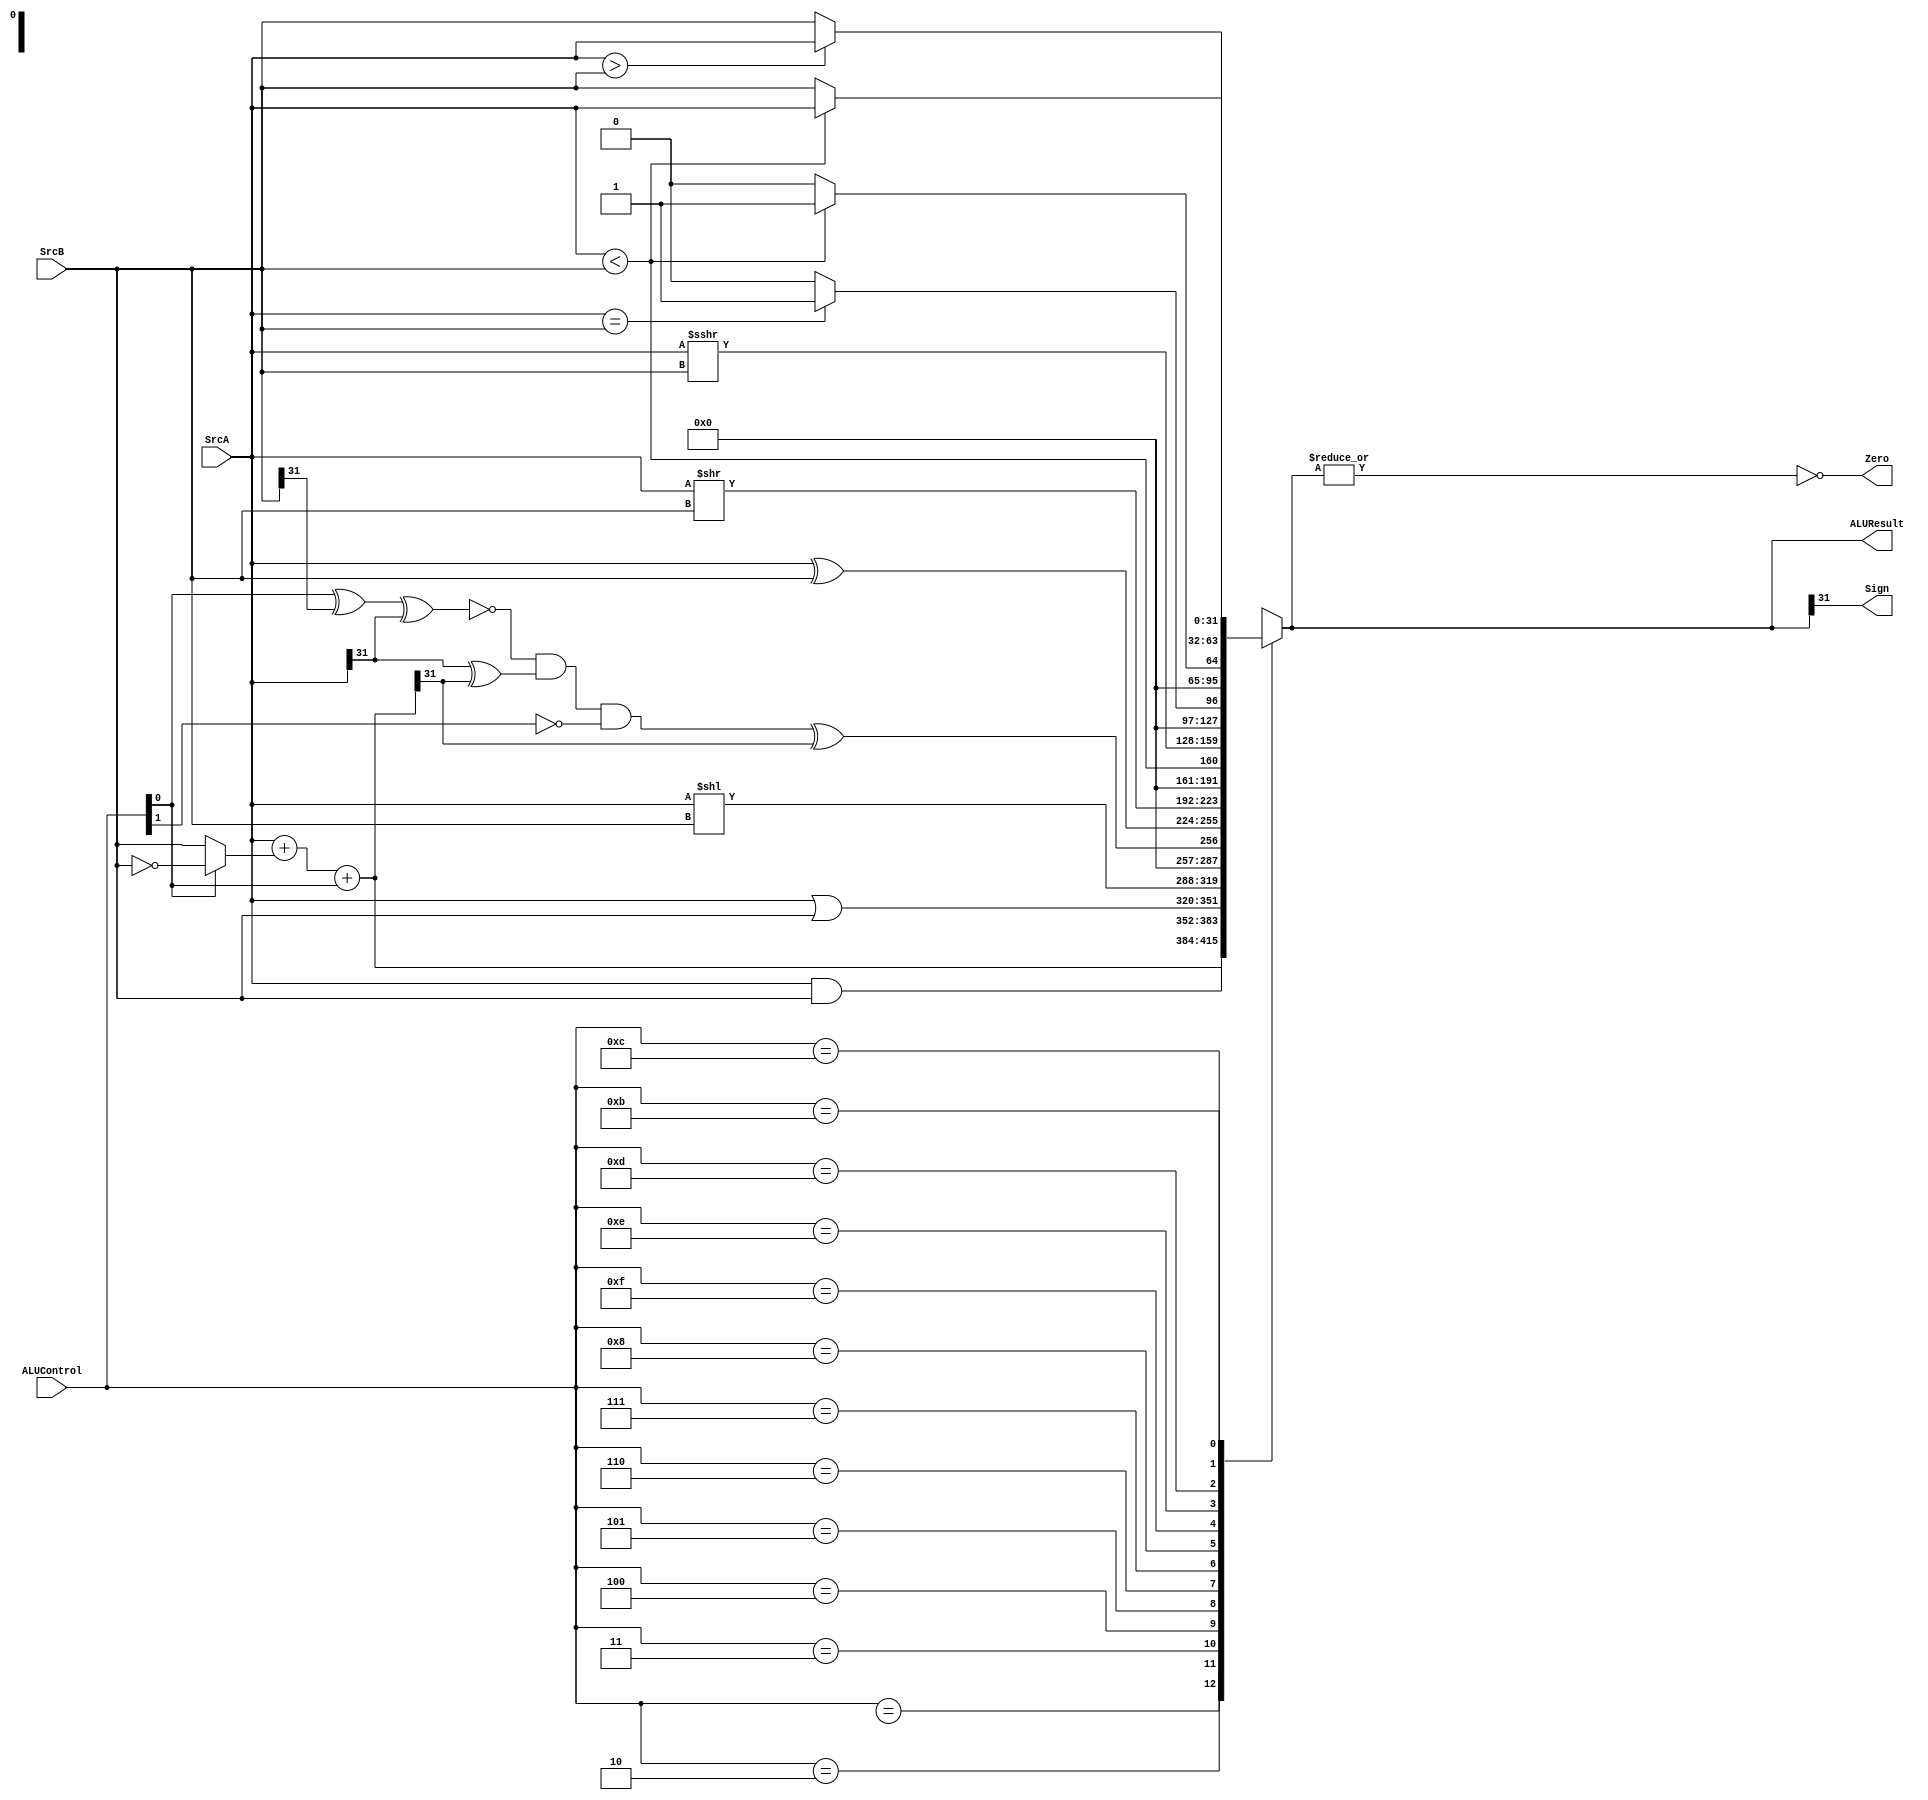

/*
	Name: ALU Unit
	Description: Receives control signals from the ALU Decoder and performs the operations
*/


module alu(SrcA,SrcB, ALUControl , ALUResult, Zero, Sign);
			
		input [31:0] SrcA;
			input [31:0] SrcB;
			input [3:0] ALUControl ; 
			output reg [31:0] ALUResult; 
			output  Zero, Sign;
			

wire [31:0] Sum;
wire  Overflow;

assign Sum = SrcA + (ALUControl[0] ? ~SrcB : SrcB) + ALUControl[0];  // sub using 1's complement
assign Overflow = ~(ALUControl[0] ^ SrcB[31] ^ SrcA[31]) & (SrcA[31] ^ Sum[31]) & (~ALUControl[1]);

assign Zero = ~(|ALUResult);
assign Sign = ALUResult[31];


always@(*)
		case (ALUControl)
				4'b000x: ALUResult = Sum;				// sum or diff
				4'b0010: ALUResult = SrcA & SrcB;	// and
				4'b0011: ALUResult = SrcA | SrcB;	// or
				4'b0100: ALUResult = SrcA << SrcB;	// sll, slli
				4'b0101: ALUResult = {{30{1'b0}}, Overflow ^ Sum[31]}; //slt, slti
				4'b0110: ALUResult = SrcA ^ SrcB;   // Xor
				4'b0111: ALUResult = SrcA >> SrcB;  // shift logic
				4'b1000: ALUResult = ($unsigned(SrcA) < $unsigned(SrcB)); //sltu, stlui
				4'b1111: ALUResult = SrcA >>> SrcB; //shift arithmetic
				4'b1110: ALUResult = (SrcA==SrcB)?1:0;
				4'b1101: ALUResult = (SrcA < SrcB)?1:0;
				4'b1000: ALUResult = (SrcA <= SrcB)?1:0;
				4'b1100: ALUResult = (SrcA > SrcB)?SrcA:SrcB;
				4'b1011: ALUResult = (SrcA < SrcB)?SrcA:SrcB;				
				default: ALUResult = 32'bx;
		endcase


endmodule